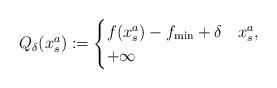
LaTeX: \begin{align*}Q_\delta(x^a_s):=\begin{cases}f(x^a_s)-f_\textup{min}+\delta&x^a_s,\\+\infty &\end{cases}\end{align*}